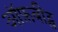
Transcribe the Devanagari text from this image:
ऑफ़बीट्स